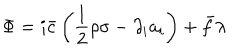
\Phi = i \bar { c } \left( \frac { 1 } { 2 } \rho \sigma - \partial _ { i } a _ { i } \right) + \bar { f } \lambda \;